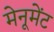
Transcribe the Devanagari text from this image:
मेनूमेंट